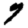
Digit: 7